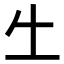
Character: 𠂒